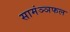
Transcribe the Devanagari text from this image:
सामंञ्ञफल